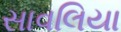
સાવલિયા